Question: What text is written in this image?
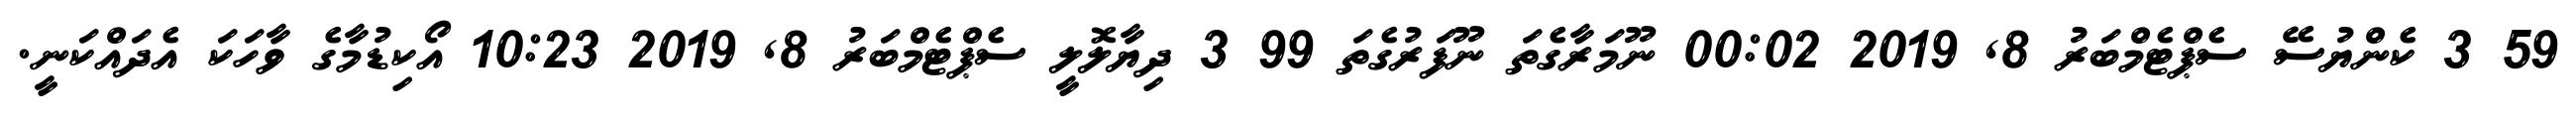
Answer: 59 3 ކެންޔުސޭ ސެޕްޓެމްބަރު 8, 2019 00:02 ނޫމަރާގެތަ ނޫފަރުގެތަ 99 3 ދިޔާލޮލީ ސެޕްޓެމްބަރު 8, 2019 10:23 އޯކިޑުމާގެ ވާހަކަ އެދައްކަނީ.